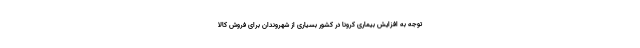
توجه به افزایش بیماری کرونا در کشور بسیاری از شهروندان برای فروش کالا